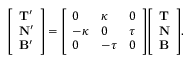
{ \left[ \begin{array} { l } { \mathbf { T ^ { \prime } } } \\ { \mathbf { N ^ { \prime } } } \\ { \mathbf { B ^ { \prime } } } \end{array} \right] } = { \left[ \begin{array} { l l l } { 0 } & { \kappa } & { 0 } \\ { - \kappa } & { 0 } & { \tau } \\ { 0 } & { - \tau } & { 0 } \end{array} \right] } { \left[ \begin{array} { l } { \mathbf { T } } \\ { \mathbf { N } } \\ { \mathbf { B } } \end{array} \right] } .